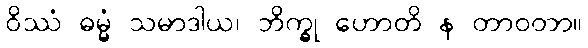
ဝိဿံ ဓမ္မံ သမာဒါယ၊ ဘိက္ခု ဟောတိ န တာဝတာ။